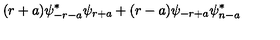
( r + a ) \psi _ { - r - a } ^ { * } \psi _ { r + a } + ( r - a ) \psi _ { - r + a } \psi _ { n - a } ^ { * }